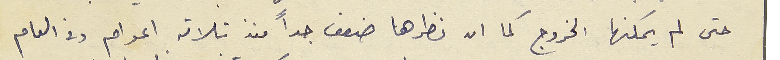
حتى لم يمكنها الخروج كما ان نظرها ضعف جداً منذ ثلاثة اعوام وفى العام